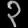
Digit: ၃